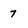
Character: 7